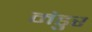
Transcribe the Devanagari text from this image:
मंडुर